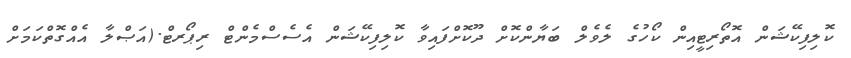
ކޮލިފިކޭޝަން އޮތޯރިޓީއިން ކޯހުގެ ލެވެލް ބަޔާންކޮށް ދޫކޮށްފައިވާ ކޮލިފިކޭޝަން އެސެސްމެންޓް ރިޕޯރޓް.(އަޞްލާ އެއްގޮތްކަމަށް